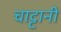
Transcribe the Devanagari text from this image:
चाट्टानी